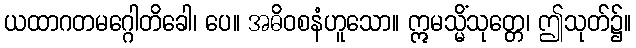
ယထာဂတမဂ္ဂေါတိခေါ၊ ပေ။ အဓိဝစနံဟူသော။ ဣမသ္မိံသုတ္တေ၊ ဤသုတ်၌။